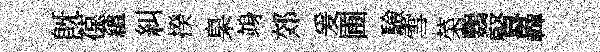
旣葆蘊糾揆臬竧郊爰圃驗雪菜鸚賢轟